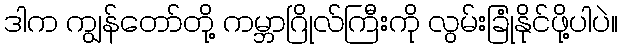
ဒါက ကျွန်တော်တို့ ကမ္ဘာဂြိုလ်ကြီးကို လွမ်းခြုံနိုင်ဖို့ပါပဲ။